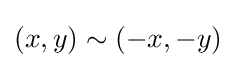
(x,y)\sim (-x,-y)